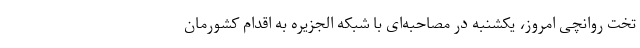
تخت روانچی امروز، یکشنبه در مصاحبه‌ای با شبکه الجزیره به اقدام کشورمان